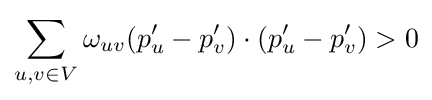
\sum _{u,v\in V}\omega _{uv}(p'_{u}-p'_{v})\cdot (p'_{u}-p'_{v})>0